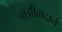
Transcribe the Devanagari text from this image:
नाझीवादाने